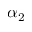
\alpha _ { 2 }